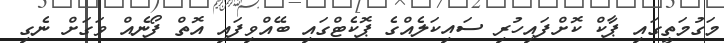
މަގުމަތީގައި ޕާކް ކޮށްފައިހުރި ސައިކަލެއްގެ ޕޮކެޓްގައި ބޭއްވިފައި އޮތް ފޯނެއް ވަގަށް ނެގި